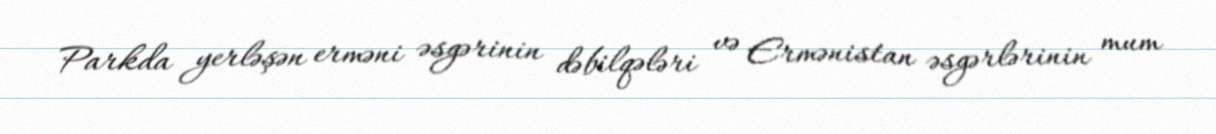
Parkda yerləşən erməni əsgərinin dəbilqələri və Ermənistan əsgərlərinin mum